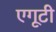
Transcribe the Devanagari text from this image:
एगूटी